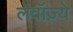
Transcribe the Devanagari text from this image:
लेवॉज़्ये